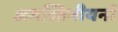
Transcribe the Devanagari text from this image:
अगस्तिनीयनों